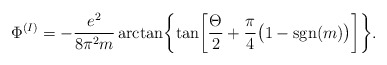
\begin{align*}\Phi^{(I)}=-{e^2\over8\pi^2m}\arctan\biggl\{\tan\biggl[{\Theta\over2}+{\pi\over4}\bigl(1-{\rm sgn}(m)\bigr)\biggr]\biggr\}.\end{align*}